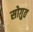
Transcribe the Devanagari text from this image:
सोग़ुत